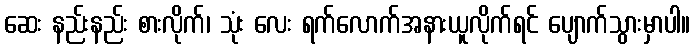
ဆေး နည်းနည်း စားလိုက်၊ သုံး လေး ရက်လောက်အနားယူလိုက်ရင် ပျောက်သွားမှာပါ။